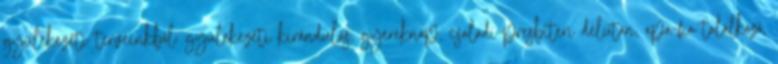
gyülekezeti terveinkből: gyülekezeti kirándulás, gyereknap, családi-presbiteri délután, apa-fia találkozó,